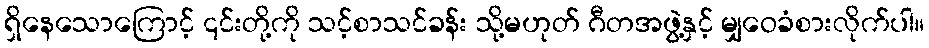
ရှိနေသောကြောင့် ၎င်းတို့ကို သင့်စာသင်ခန်း သို့မဟုတ် ဂီတအဖွဲ့နှင့် မျှဝေခံစားလိုက်ပါ။